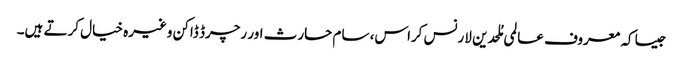
جیسا کہ معروف عالمی مُلحدین لارنس کراس، سام حارث اور رچرڈ ڈاکن وغیرہ خیال کرتے ہیں۔